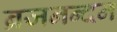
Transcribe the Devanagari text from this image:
ब्रजनन्दन